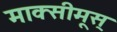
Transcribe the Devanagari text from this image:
माक्सीमूस्